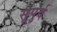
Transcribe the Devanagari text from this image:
सूपुर्द